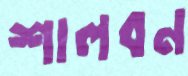
শালবন